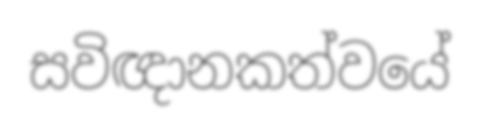
සවිඥානකත්වයේ